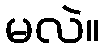
မလဲ။